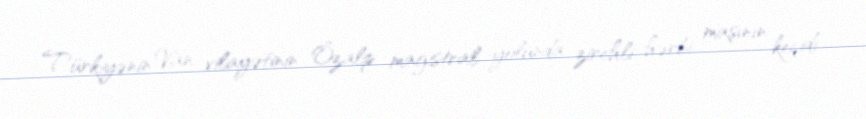
Türkiyənin Van vilayətinin Özalp magistral yolunda zirehli hərbi maşının keçidi